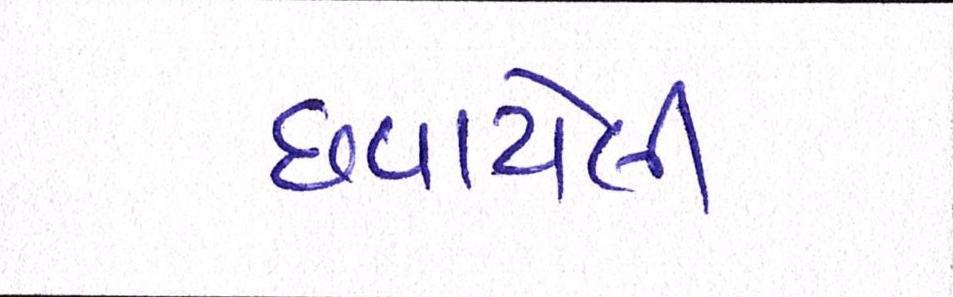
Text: છવાયેલી